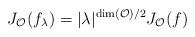
LaTeX: \begin{align*}\displaystyle J_{\mathcal{O}}(f_{\lambda})=\lvert \lambda\rvert^{\dim(\mathcal{O})/2} J_{\mathcal{O}}(f)\end{align*}